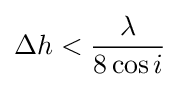
\Delta h<{\frac {\lambda }{8\cos i}}\;